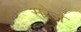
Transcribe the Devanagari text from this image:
सरेज